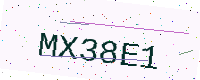
Text: MX38E1